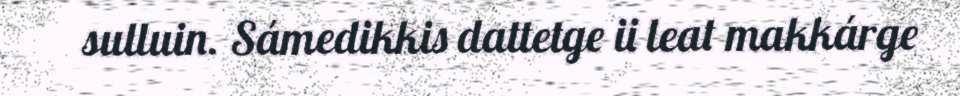
sulluin. Sámedikkis dattetge ii leat makkárge